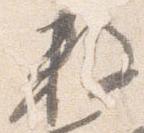
数